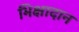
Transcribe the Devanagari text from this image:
भिक्षादान